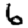
Digit: 6